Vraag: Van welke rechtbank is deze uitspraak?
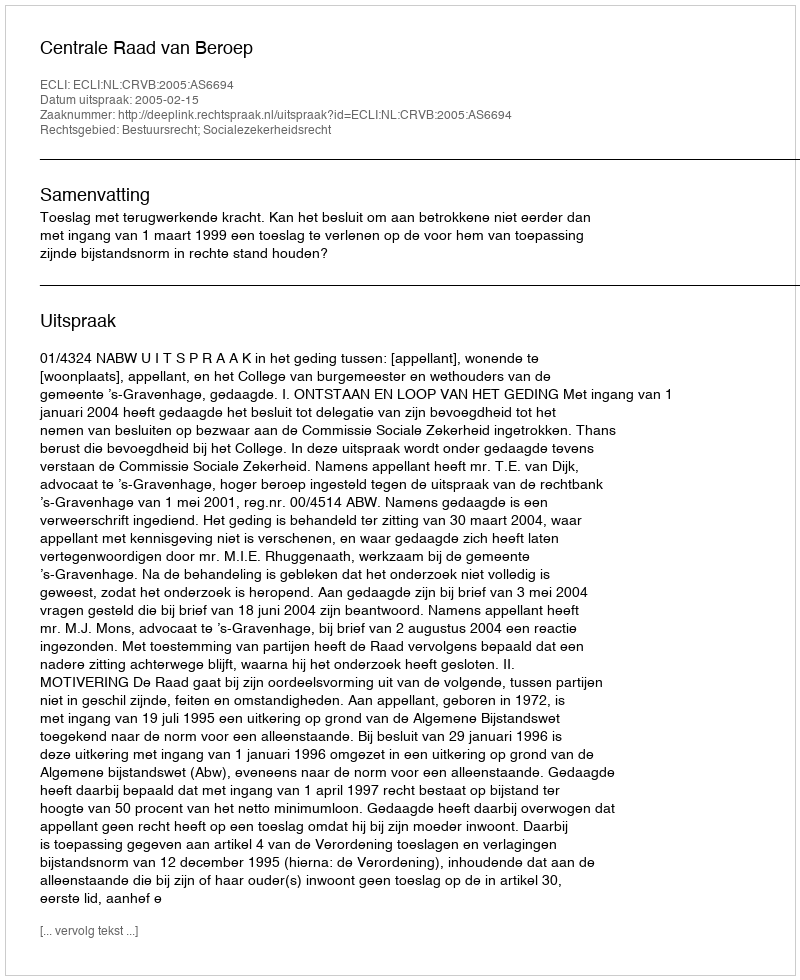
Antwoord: Centrale Raad van Beroep